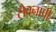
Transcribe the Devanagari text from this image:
सेवनाची